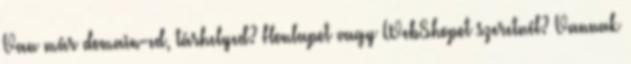
Van már domain-ed, tárhelyed? Honlapot vagy WebShopot szeretnél? Vannak